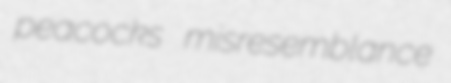
peacocks misresemblance